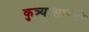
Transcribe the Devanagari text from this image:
कुत्र्यासारखे